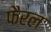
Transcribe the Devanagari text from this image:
फैरल